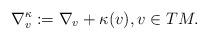
LaTeX: \begin{align*} \nabla^\kappa_v := \nabla_v + \kappa(v), v \in TM. \end{align*}